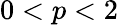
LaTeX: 0<p<2